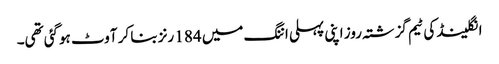
انگلینڈ کی ٹیم گزشتہ روز اپنی پہلی اننگ میں 184 رنز بنا کر آوٹ ہوگئی تھی۔